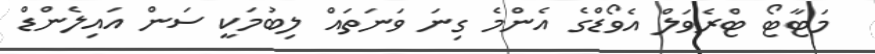
މަޓާޓޯ ޓްރެވަލް އެވޯޑްގެ އެންމެ ގިނަ ވަނަތައް ލިބުމަކީ ސަން އައިލެންޑް